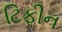
ટિફીન